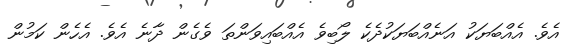
އެވެ. އެއްބަޔަކު އަނެއްބަޔަކުދެކެ ލޯބިވެ އެއްބައިވަންތަ ވެގެން ދާނެ އެވެ. އެހެން ކަމުން